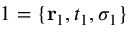
1 = \{ { \bf r } _ { 1 } , t _ { 1 } , \sigma _ { 1 } \}